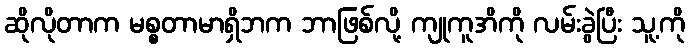
ဆိုလိုတာက မစ္စတာမာရှိဘက ဘာဖြစ်လို့ ကျုကူအိကို လမ်းခွဲပြီး သူ့ကို